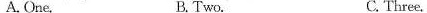
A. One. B. Two. C. Three.